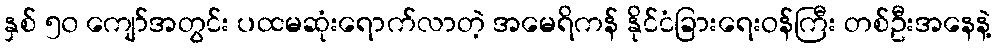
နှစ် ၅၀ ကျော်အတွင်း ပထမဆုံးရောက်လာတဲ့ အမေရိကန် နိုင်ငံခြားရေးဝန်ကြီး တစ်ဦးအနေနဲ့